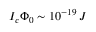
I _ { c } \Phi _ { 0 } \sim 1 0 ^ { - 1 9 } \: J